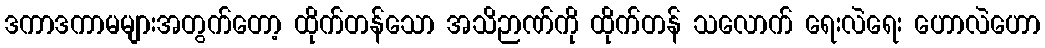
ဒကာဒကာမများအတွက်တော့ ထိုက်တန်သော အသိဉာဏ်ကို ထိုက်တန် သလောက် ရေးလဲရေး ဟောလဲဟော